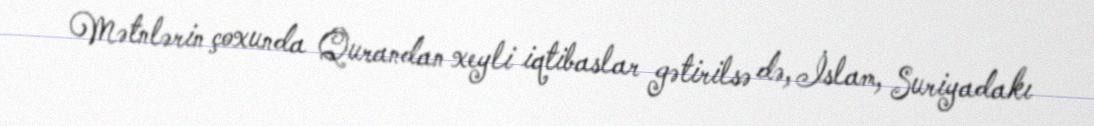
Mətnlərin çoxunda Qurandan xeyli iqtibaslar gətirilsə də, İslam, Suriyadakı